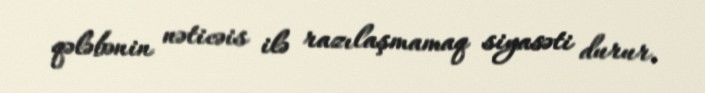
qələbənin nəticəis ilə razılaşmamaq siyasəti durur.